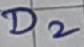
Text: D2